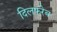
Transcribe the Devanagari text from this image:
दिलफरेब